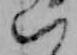
い